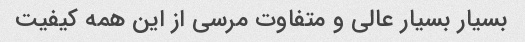
بسیار بسیار عالی و متفاوت مرسی از این همه کیفیت